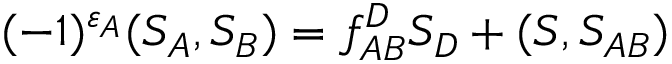
( - 1 ) ^ { \varepsilon _ { A } } ( S _ { A } , S _ { B } ) = f _ { A B } ^ { D } S _ { D } + ( S , S _ { A B } )